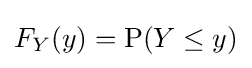
F_{Y}(y)=\operatorname {P} (Y\leq y)